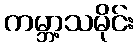
ကမ္ဘာ့သမိုင်း